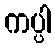
ကပ္ပါ